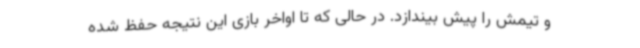
و تیمش را پیش بیندازد. در حالی که تا اواخر بازی این نتیجه حفظ شده